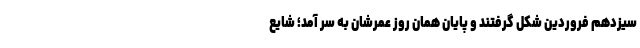
سیزدهم فروردین شکل گرفتند و پایان همان روز عمرشان به سر آمد؛ شایع